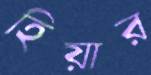
হিয়ার